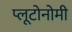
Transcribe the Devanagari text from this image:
प्लूटोनोमी